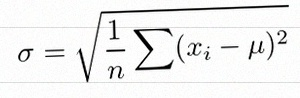
\sigma=\sqrt{\frac1n\sum(x_i-\mu)^2}